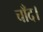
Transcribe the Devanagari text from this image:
चाँद।